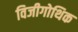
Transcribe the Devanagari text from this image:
विजीगोथिक